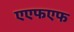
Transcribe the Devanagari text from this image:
एएफएफ